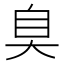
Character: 𦤀